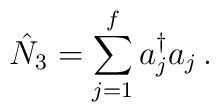
\hat N_3 = \sum\sp f_{j=1}a_j\sp {\dagger} a_j \,.